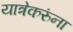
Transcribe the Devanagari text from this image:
यात्रेकरुंना